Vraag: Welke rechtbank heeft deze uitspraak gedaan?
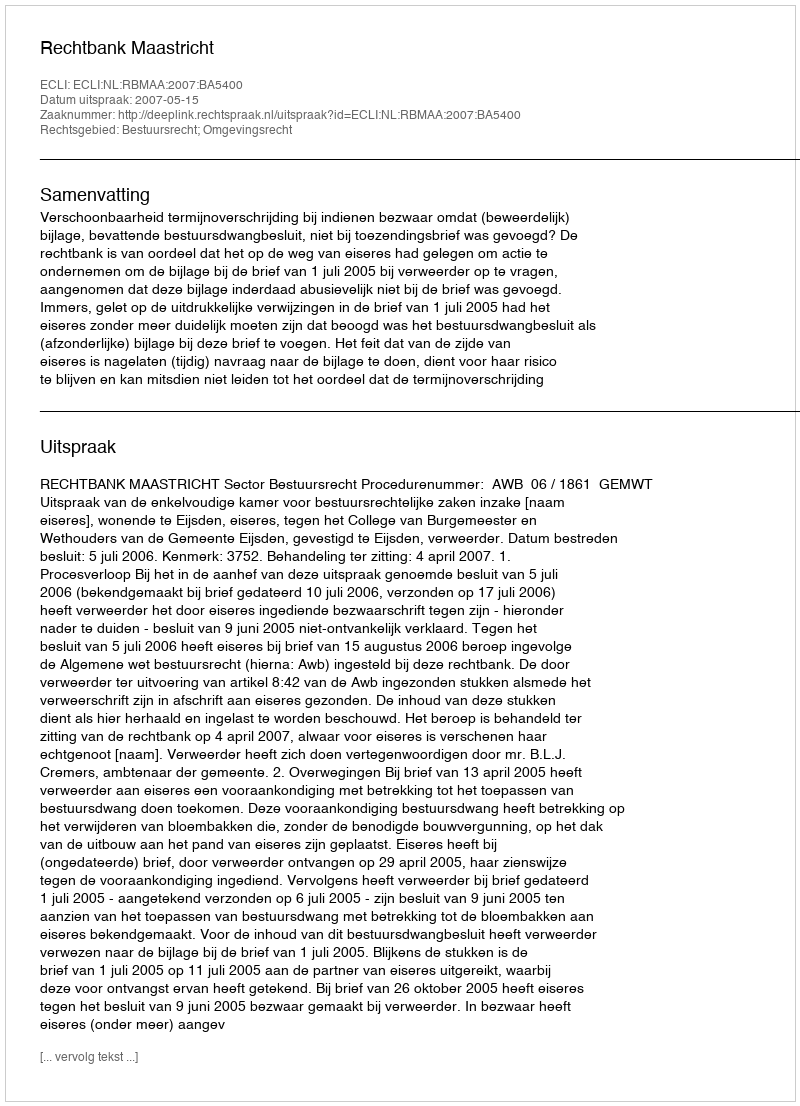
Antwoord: Rechtbank Maastricht